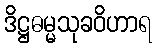
ဒိဋ္ဌဓမ္မသုခဝိဟာရ